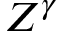
Z ^ { \gamma }